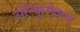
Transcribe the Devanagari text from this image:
ऑस्कुलेशन